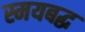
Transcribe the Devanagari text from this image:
स्मयबद्ध